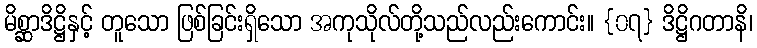
မိစ္ဆာဒိဋ္ဌိနှင့် တူသော ဖြစ်ခြင်းရှိသော အကုသိုလ်တို့သည်လည်းကောင်း။ {၀၇} ဒိဋ္ဌိဂတာနိ၊